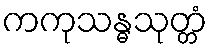
ကကုသန္ဓသုတ္တံ